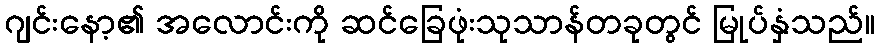
ဂျင်းနော့၏ အလောင်းကို ဆင်ခြေဖုံးသုသာန်တခုတွင် မြုပ်နှံသည်။